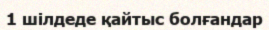
1 шілдеде қайтыс болғандар